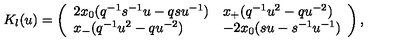
K _ { l } ( u ) = \left( \begin{array} { l l } { 2 x _ { 0 } ( q ^ { - 1 } s ^ { - 1 } u - q s u ^ { - 1 } ) } & { x _ { + } ( q ^ { - 1 } u ^ { 2 } - q u ^ { - 2 } ) } \\ { x _ { - } ( q ^ { - 1 } u ^ { 2 } - q u ^ { - 2 } ) } & { - 2 x _ { 0 } ( s u - s ^ { - 1 } u ^ { - 1 } ) } \\ \end{array} \right) ,